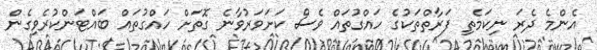
އެންމެ ދެރަ ނިކަމެތި ފަރާތްތަކުގެ ހައްގުތައް ވެސް ކަށަވަރުވާނެ ގޮތަށް ހައްގުތައް ބައްޓަންކުރެވިގެން